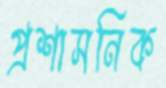
প্রশাসনিক